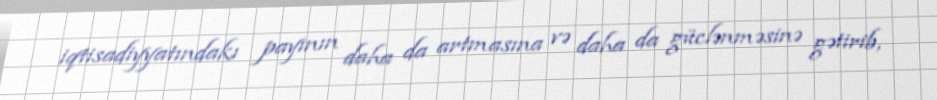
iqtisadiyyatındakı payının daha da artmasına və daha da güclənməsinə gətirib,